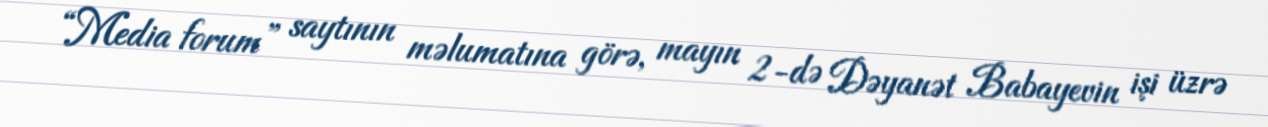
“Media forum” saytının məlumatına görə, mayın 2-də Dəyanət Babayevin işi üzrə